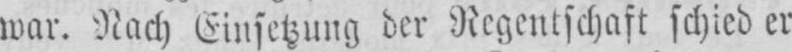
war. Nach Einsetzung der Regentschaft schied er